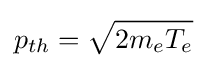
p_{th}={\sqrt {2m_{e}T_{e}}}